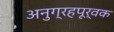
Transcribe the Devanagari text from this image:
अनुग्रहपूर्वक